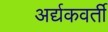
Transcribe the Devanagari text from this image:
अर्द्यकवर्ती